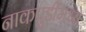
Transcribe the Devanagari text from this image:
नाकपुडींमध्ये